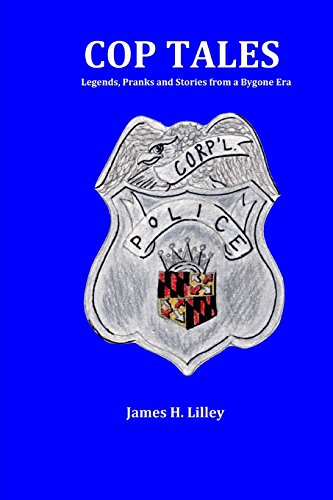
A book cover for Cop Tales: Legends, Pranks and Stories from a Bygone Era; Mr. James H. Lilley; Law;